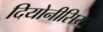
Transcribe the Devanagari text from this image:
दियोनीसियस